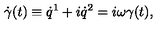
\dot { \gamma } ( t ) \equiv \dot { q } ^ { 1 } + i \dot { q } ^ { 2 } = i \omega \gamma ( t ) ,